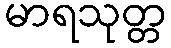
မာရသုတ္တ